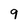
Character: 9